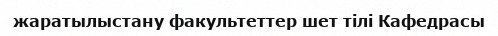
жаратылыстану факультеттер шет тілі Кафедрасы